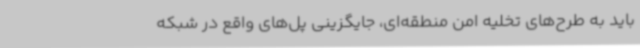
باید به طرح‌های تخلیه امن منطقه‌ای، جایگزینی پل‌های واقع در شبکه